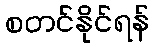
စတင်နိုင်ရန်